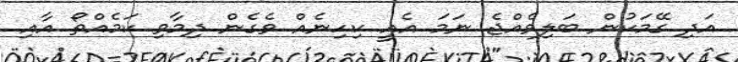
އަދި ގޭމަކުން ބަލިވެއްޖެ ނަމަ އެއީ ކިހިނެއް ވެގެން ދިމާވި ކަމެއްތޯ އާއި